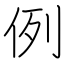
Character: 例